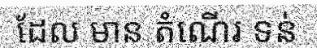
ដែល មាន តំណើរ ទន់